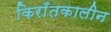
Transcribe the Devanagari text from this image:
किराँतकालीन